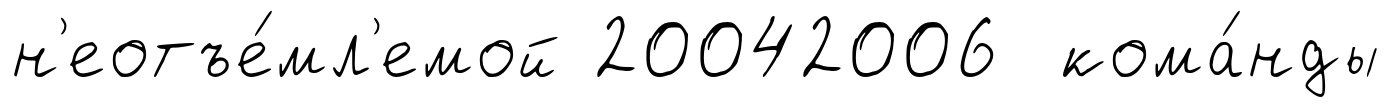
н'еотъе́мл'емой 20042006 кома́нды